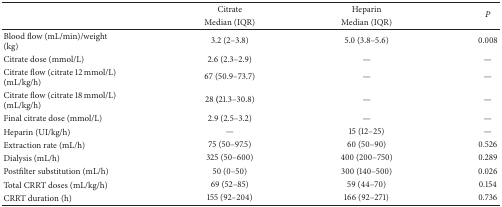
<table><thead><tr><td><b> </b></td><td><b>Citrate</b></td><td><b>Heparin</b></td><td rowspan="2"><b><i>P</i></b></td></tr><tr><td><b> </b></td><td><b>Median (IQR)</b></td><td><b>Median (IQR)</b></td></tr></thead><tbody><tr><td>Blood flow (mL/min)/weight (kg)</td><td>3.2 (2–3.8)</td><td>5.0 (3.8–5.6)</td><td>0.008</td></tr><tr><td>Citrate dose (mmol/L)</td><td>2.6 (2.3–2.9)</td><td>—</td><td>—</td></tr><tr><td>Citrate flow (citrate 12 mmol/L) (mL/kg/h)</td><td>67 (50.9–73.7)</td><td>—</td><td>—</td></tr><tr><td>Citrate flow (citrate 18 mmol/L) (mL/kg/h)</td><td>28 <b>(</b>21.3–30.8)</td><td>—</td><td>—</td></tr><tr><td>Final citrate dose (mmol/L)</td><td>2.9 (2.5–3.2)</td><td>—</td><td>—</td></tr><tr><td>Heparin (UI/kg/h)</td><td>—</td><td>15 (12–25)</td><td>—</td></tr><tr><td>Extraction rate (mL/h)</td><td>75 (50–97.5)</td><td>60 (50–90)</td><td>0.526</td></tr><tr><td>Dialysis (mL/h)</td><td>325 (50–600)</td><td>400 (200–750)</td><td>0.289</td></tr><tr><td>Postfilter substitution (mL/h)</td><td>50 (0–50)</td><td>300 (140–500)</td><td>0.026</td></tr><tr><td>Total CRRT doses (mL/kg/h)</td><td>69 (52–85)</td><td>59 (44–70)</td><td>0.154</td></tr><tr><td>CRRT duration (h)</td><td>155 (92–204)</td><td>166 (92–271)</td><td>0.736</td></tr></tbody></table>